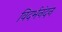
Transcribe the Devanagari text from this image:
विदर्भनंदन